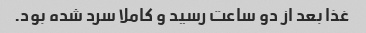
غذا بعد از دو ساعت رسید و کاملا سرد شده بود.